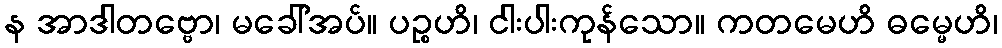
န အာဒါတဗ္ဗော၊ မခေါ်အပ်။ ပဉ္စဟိ၊ ငါးပါးကုန်သော။ ကတမေဟိ ဓမ္မေဟိ၊